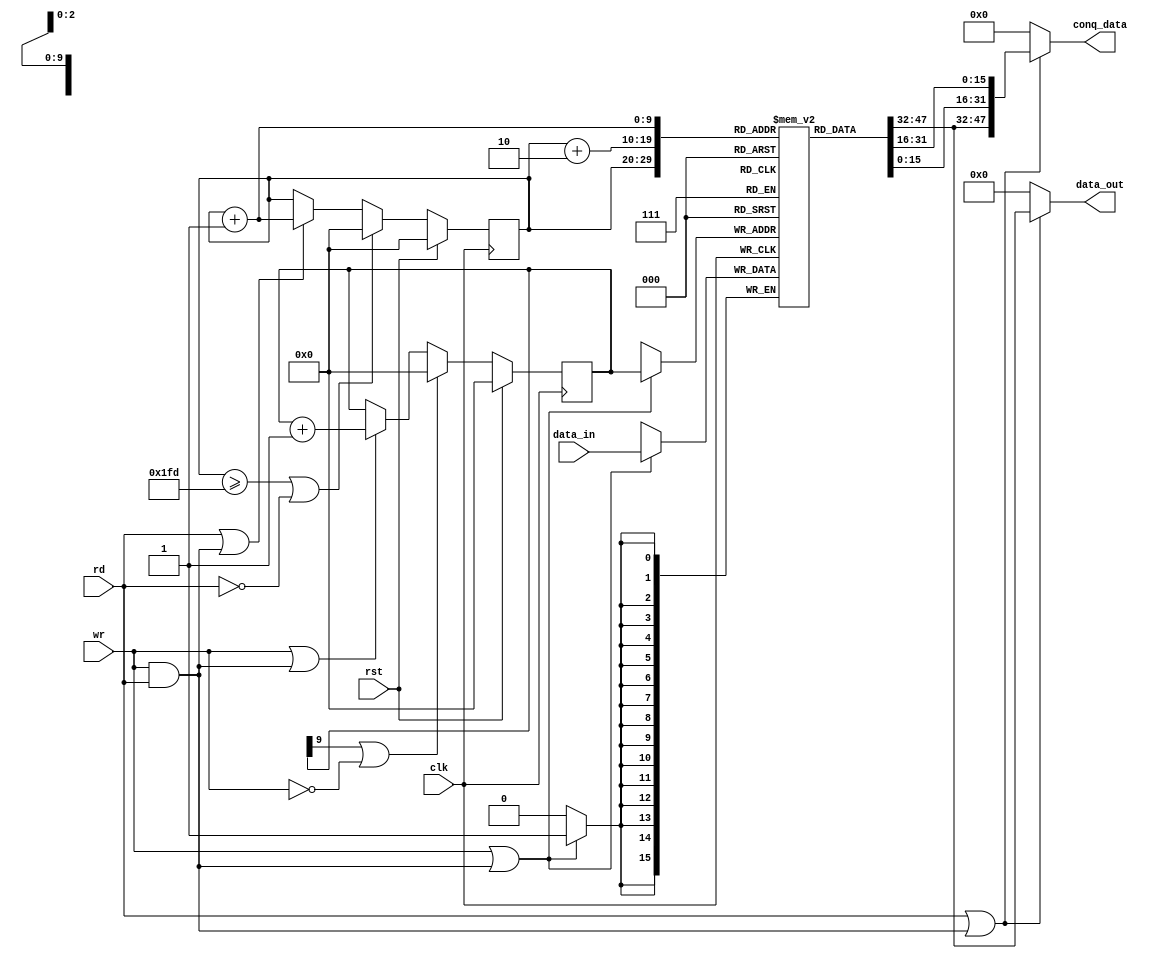
`timescale 1ns / 1ps
module line_buf #(
   // synopsys template
   parameter fifo_data_width = 16
)
( 
   input   wire    [fifo_data_width-1:0]    data_in, 
   input   wire                             clk, 
   input   wire                             rst, 
   input   wire                             rd, 
   input   wire                             wr, 
   output  wire     [fifo_data_width-1:0]    data_out, 
   output  wire     [fifo_data_width*3-1:0]  conq_data
);


// Internal Declarations
reg [fifo_data_width-1:0] fifo_ram[0:512]; 
reg [9:0] rd_ptr, wr_ptr; 

always @(posedge clk) 
begin: write 
if(wr | (wr && rd)) fifo_ram[wr_ptr] <= data_in; 
//else if(wr && rd) fifo_ram[wr_ptr] <= data_in; 
end 

assign data_out = (rd | (rd && wr))?fifo_ram[rd_ptr] : 0;
assign conq_data = (rd | (rd && wr))? {fifo_ram[rd_ptr],fifo_ram[rd_ptr+1],fifo_ram[rd_ptr+2]} : 0; 
//always @(posedge clk,posedge rst) 
//begin: read 
//if(rst) begin
// data_out <= 0;
// conq_data <= 0;
//end
//else
//	if(rd | (rd && wr)) begin
//    		data_out <= fifo_ram[rd_ptr]; 
//    		conq_data <= {fifo_ram[rd_ptr],fifo_ram[rd_ptr+1],fifo_ram[rd_ptr+2]};
//	end
//	//else if(rd && wr) begin
//  //  		data_out <= fifo_ram[rd_ptr];
//  //  		conq_data <= {fifo_ram[rd_ptr],fifo_ram[rd_ptr+1],fifo_ram[rd_ptr+2]};
//  //end  		 
//end 

always @(posedge clk) 
begin: pointer 
    if(rst) begin 
    	wr_ptr <= 0; 
    	rd_ptr <= 0; 
    end 
    else begin 

	if((wr_ptr[9] == 1) | ~wr) wr_ptr <= 0;  
	else wr_ptr <= (wr ||(wr && rd)) ? wr_ptr+1 : wr_ptr; 
	//if(rd_ptr[9] == 1) rd_ptr <= 0; 
	//if((rd_ptr[9] == 1) | ~rd) rd_ptr <= 0; 
	if((rd_ptr[9:0] >= 10'h1fd) | ~rd) rd_ptr <= 0; 
    	else rd_ptr <= (rd||(wr && rd)) ? rd_ptr+1 : rd_ptr;
    end 
end 




endmodule